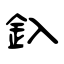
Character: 釞